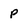
Character: P